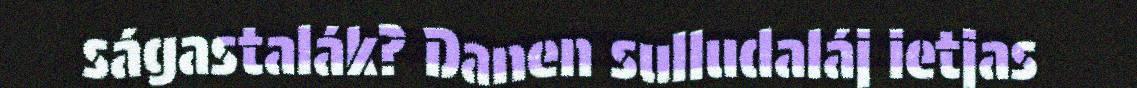
ságastalák? Danen sulludaláj ietjas